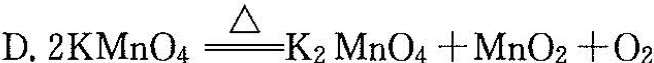
D.$$2KNnO_{4}\xlongequal[]{\triangle }K_{2}MnO_{4}+MnO_{2}+O_{2}$$